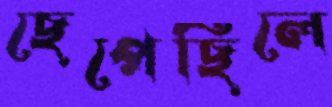
ছেপেছিলে